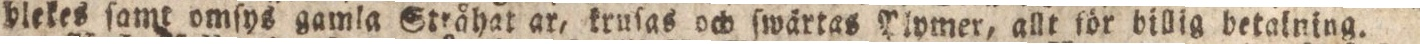
blekes ſamt omſys gamla Stråhat ar, kruſas och ſwärtas Plvmer, allt för billig betatning.